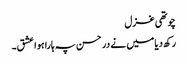
چوتھی غزل
رکھ دیا میں نے در حسن پہ ہارا ہوا عشق۔